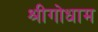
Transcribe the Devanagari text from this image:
श्रीगोधाम